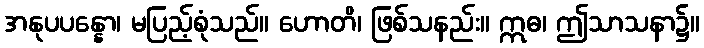
အနုပပန္နော၊ မပြည့်စုံသည်။ ဟောတိ၊ ဖြစ်သနည်း။ ဣဓ၊ ဤသာသနာ၌။